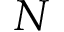
N